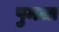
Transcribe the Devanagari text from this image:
पुमला